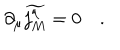
\partial _ { \mu } \widetilde { j _ { M } ^ { \mu } } = 0 \quad .